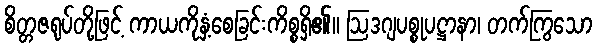
စိတ္တဇရုပ်တို့ဖြင့် ကာယကိုနှံ့စေခြင်းကိစ္စရှိ၏။ ဩဒဂျပစ္စုပဋ္ဌာနာ၊ တက်ကြွသော